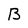
Character: B